Annual returns of the Patna Lunatic Asylum at Bankipore in Bihar and Orissa - 1912-1924
Year: 1912
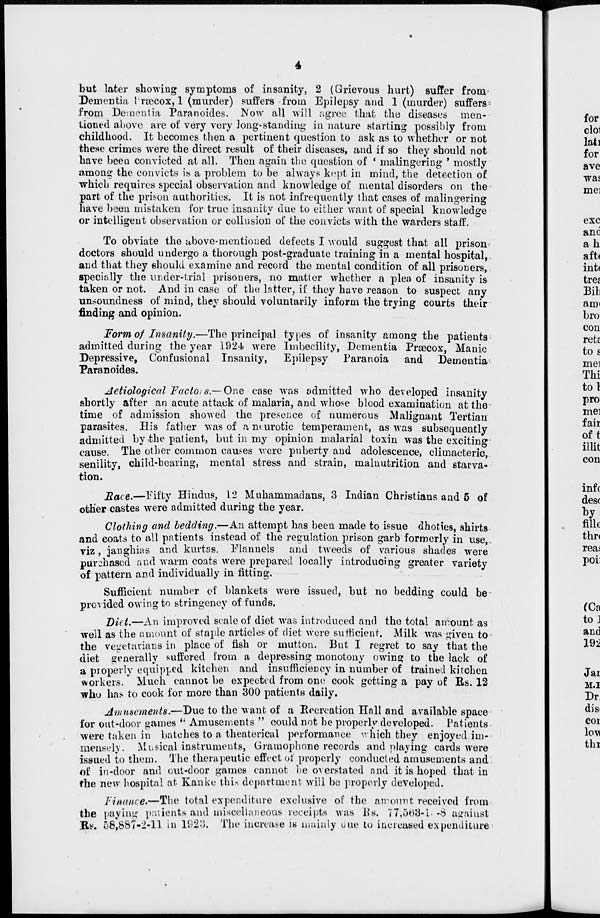
4
but later showing symptoms of insanity, 2 (Grievous hurt) suffer from
Dementia Præcox, 1 (murder) suffers from Epilepsy and 1 (murder) suffers-
from Dementia Paranoides. Now all will agree that the diseases men-
tioned above are of very very long-standing in nature starting possibly from
childhood. It becomes then a pertinent question to ask as to whether or not
these crimes were the direct result of their diseases, and if so they should not
have been convicted at all. Then again the question of ' malingering ' mostly
among the convicts is a problem to be always kept in mind, the detection of
which requires special observation and knowledge of mental disorders on the
part of the prison authorities. It is not infrequently that cases of malingering
have been mistaken for true insanity due to either want of special knowledge
or intelligent observation or collusion of the convicts with the warders staff.
To obviate the above-mentioned defects I would suggest that all prison
doctors should undergo a thorough post-graduate training in a mental hospital,
and that they should examine and record the mental condition of all prisoners,
specially the under-trial prisoners, no matter whether a plea of insanity is
taken or not. And in case of the latter, if they have reason to suspect any
unsoundness of mind, they should voluntarily inform the trying courts their
finding and opinion.
Form of Insanity.—The principal types of insanity among the patients
admitted during the year 1924 were Imbecility, Dementia Præcox, Manic
Depressive, Confusional Insanity, Epilepsy Paranoia and Dementia
Paranoides.
Aetiological Factors.— One case was admitted who developed insanity
shortly after an acute attack of malaria, and whose blood examination at the
time of admission showed the presence of numerous Malignant Tertian
parasites. His father was of a neurotic temperament, as was subsequently
admitted by the patient, but in my opinion malarial toxin was the exciting
cause. The other common causes were puberty and adolescence, climacteric,
senility, child-bearing, mental stress and strain, malnutrition and starva-
tion.
Race.—Fifty Hindus, 12 Muhammadans, 3 Indian Christians and 5 of
other castes were admitted during the year.
Clothing and bedding.—An attempt has been made to issue dhoties, shirts
and coats to all patients instead of the regulation prison garb formerly in use,..
viz, janghias and kurtas, Flannels and tweeds of various shades were
purchased and warm coats were prepared locally introducing greater variety
of pattern and individually in fitting.
Sufficient number of blankets were issued, but no bedding could be
provided owing to stringency of funds.
Diet.—An improved scale of diet was introduced and the total amount as
well as the amount of staple articles of diet were sufficient. Milk was given to
the vegetarians in place of fish or mutton. But I regret to say that the
diet generally suffered from a depressing monotony owing to the lack of
a properly equipped kitchen and insufficiency in number of trained kitchen
workers. Much cannot be expected from one cook getting a pay of Rs. 12
who has to cook for more than 300 patients daily.
Amusements.—Due to the want of a Recreation Hall and available space
for out-door games " Amusements " could not be properly developed. Patients
were taken in batches to a theaterical performance which they enjoyed im-
mensely. Musical instruments, Gramophone records and playing cards were
issued to them. The therapeutic effect of properly conducted amusements and
of in-door and cut-door games cannot be overstated and it is hoped that in
the new hospital at Kanke this department will be properly developed.
Finance.—The total expenditure exclusive of the amount received from
the paying patients and miscellaneous receipts was Rs. 77,5563-1-8 against
Rs. 58,887-2-11 in 1923. The increase is mainly due to increased expenditure